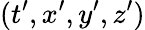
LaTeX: (t^{\prime},x^{\prime},y^{\prime},z^{\prime})